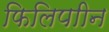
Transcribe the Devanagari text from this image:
फिलिपाीन